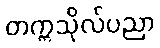
တက္ကသိုလ်ပညာ